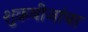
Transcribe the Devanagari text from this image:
शुक्रबीजांचा